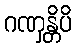
ဂဏှန္တိပိ